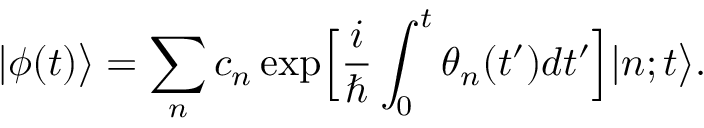
| \phi ( t ) \bigr > = \sum _ { n } c _ { n } \exp \Bigl [ \frac { i } { \hbar } \int _ { 0 } ^ { t } \theta _ { n } ( t ^ { \prime } ) d t ^ { \prime } \Bigr ] | n ; t \bigr > .